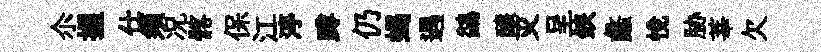
尒握仕須况髂保江渟蹲仍蝎遇鷁醸灭呈鋏蠡悅胁莘欠